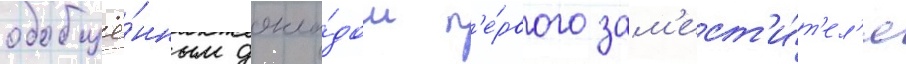
обобщё́нным докла́дом п'е́рвого зам'ест'и́т'ел'я